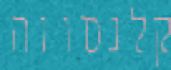
קלנסווה